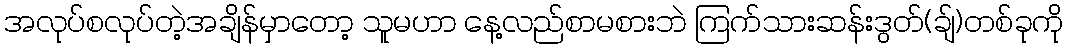
အလုပ်စလုပ်တဲ့အချိန်မှာတော့ သူမဟာ နေ့လည်စာမစားဘဲ ကြက်သားဆန်းဒွတ်(ချ်)တစ်ခုကို